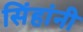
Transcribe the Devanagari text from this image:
सिंहांनी